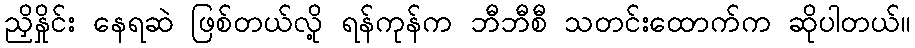
ညှိနှိုင်း နေရဆဲ ဖြစ်တယ်လို့ ရန်ကုန်က ဘီဘီစီ သတင်းထောက်က ဆိုပါတယ်။